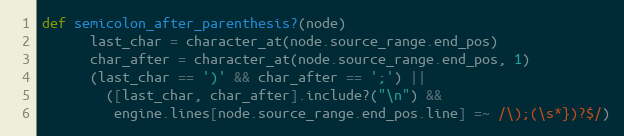
Language: Ruby
def semicolon_after_parenthesis?(node)
      last_char = character_at(node.source_range.end_pos)
      char_after = character_at(node.source_range.end_pos, 1)
      (last_char == ')' && char_after == ';') ||
        ([last_char, char_after].include?("\n") &&
         engine.lines[node.source_range.end_pos.line] =~ /\);(\s*})?$/)